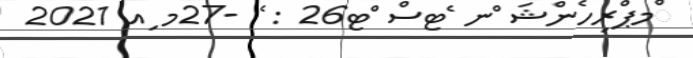
ްމޕްރިހެންޝަ ްނ ެޓސް ްޓ26 : ެ -27މ ިއ 2021